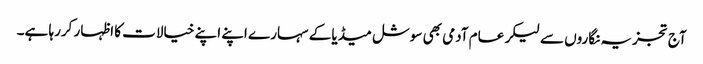
آج تجزیہ نگاروں سے لیکر عام آدمی بھی سوشل میڈیا کے سہارے اپنے اپنے خیالات کا اظہار کررہا ہے۔